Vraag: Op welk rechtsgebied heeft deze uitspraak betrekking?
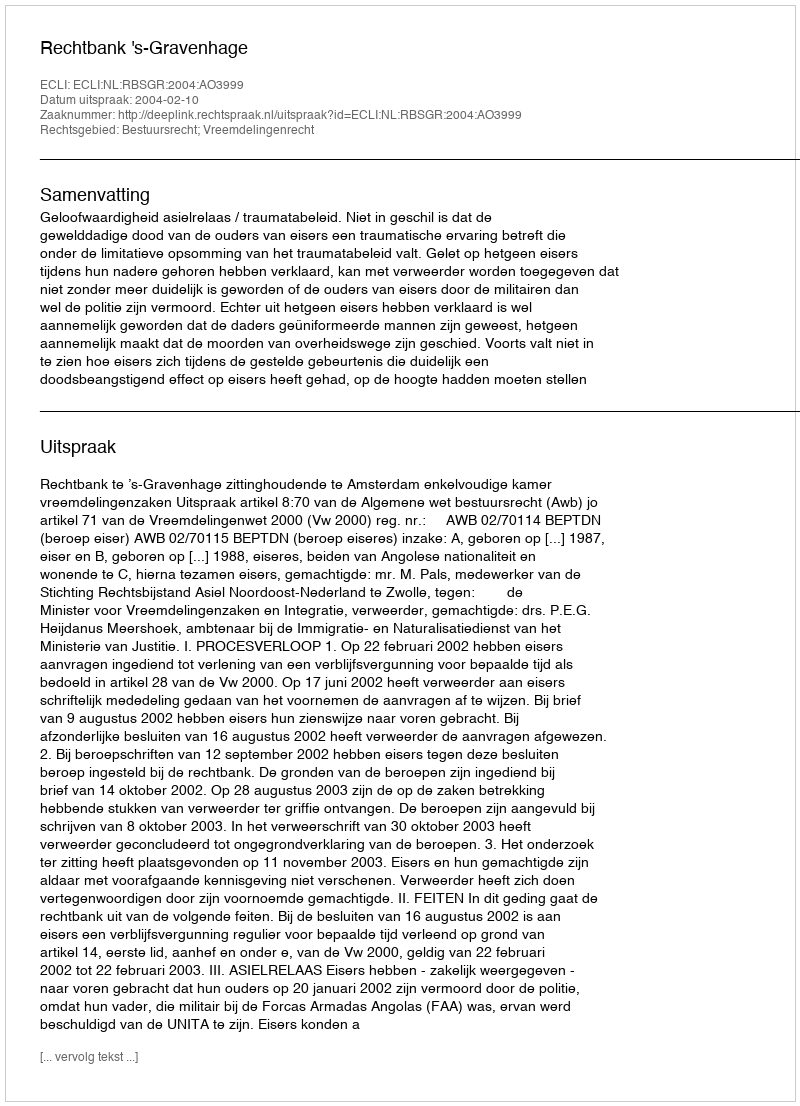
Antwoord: Bestuursrecht; Vreemdelingenrecht